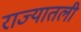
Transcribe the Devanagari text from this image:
राज्यातली